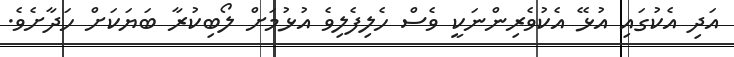
އަދި އެކުގައި އުޅޭ އެކުވެރިންނަކީ ވެސް ހެލިފެލިވެ އުޅުމަށް ލޯބިކުރާ ބަޔަކަށް ހަދާށެވެ.